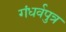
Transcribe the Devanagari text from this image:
गंधर्वपुत्र